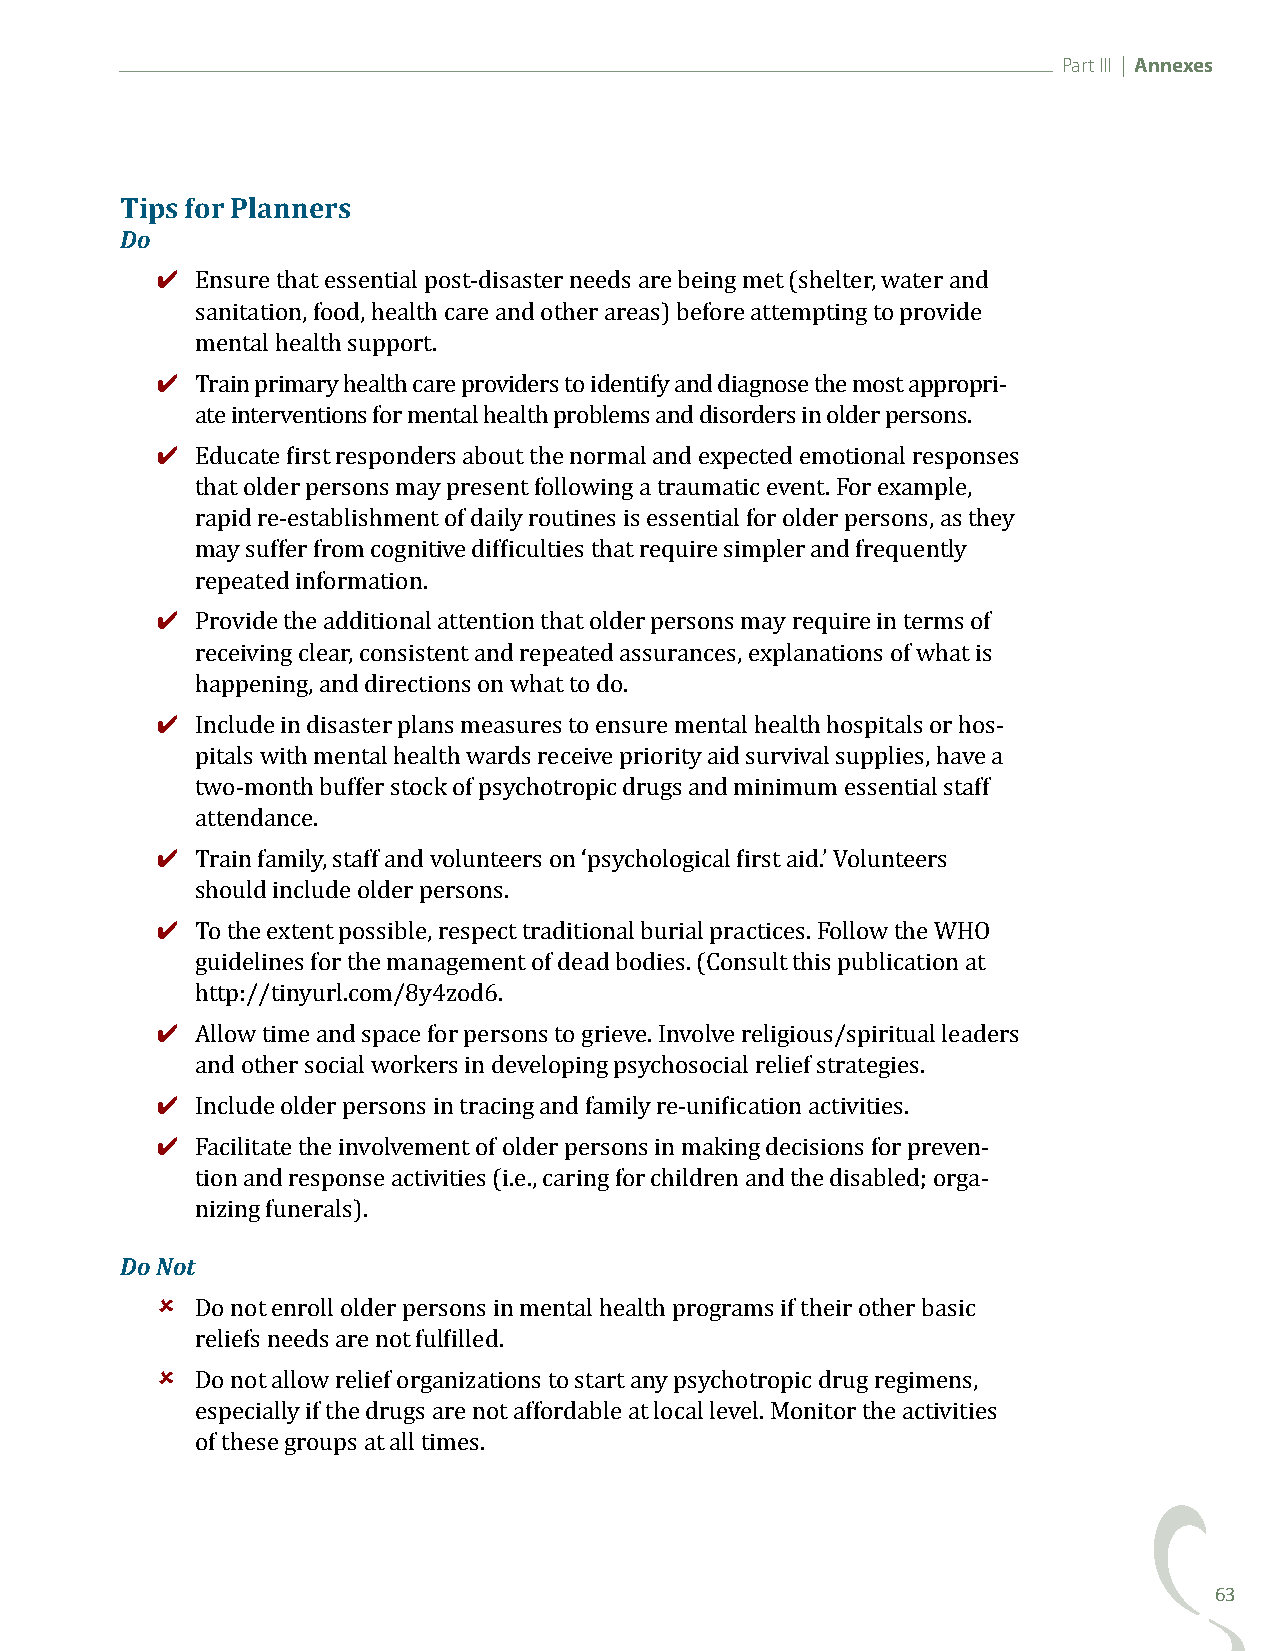
Part III | Annexes
 Tips for Planners
 Do
 ✔
 Ensure that essential post-disaster needs are being met (shelter, water and
 sanitation, food, health care and other areas) before attempting to provide
 ✔
 mental health support.
 Train primary health care providers to identify and diagnose the most appropri-
 ✔
 ate interventions for mental health problems and disorders in older persons.
 Educate first responders about the normal and expected emotional responses
 that older persons may present following a traumatic event. For example,
 rapid re-establishment of daily routines is essential for older persons, as they
 may suffer from cognitive difficulties that require simpler and frequently
 ✔
 repeated information.
 Provide the additional attention that older persons may require in terms of
 receiving clear, consistent and repeated assurances, explanations of what is
 ✔
 happening, and directions on what to do.
 Include in disaster plans measures to ensure mental health hospitals or hos-
 pitals with mental health wards receive priority aid survival supplies, have a
 two-month buffer stock of psychotropic drugs and minimum essential staff
 ✔
 attendance.
 Train family, staff and volunteers on ‘psychological first aid.’ Volunteers
 ✔
 should include older persons.
 To the extent possible, respect traditional burial practices. Follow the WHO
 guidelines for the management of dead bodies. (Consult this publication at
 ✔
 http://tinyurl.com/8y4zod6.
 Allow time and space for persons to grieve. Involve religious/spiritual leaders
 ✔
 and other social workers in developing psychosocial relief strategies.
 ✔
 Include older persons in tracing and family re-unification activities.
 Facilitate the involvement of older persons in making decisions for preven-
 tion and response activities (i.e., caring for children and the disabled; orga-
 Do Notnizing funerals).
 
 Do not enroll older persons in mental health programs if their other basic
 
 reliefs needs are not fulfilled.
 Do not allow relief organizations to start any psychotropic drug regimens,
 especially if the drugs are not affordable at local level. Monitor the activities
 of these groups at all times.
 63